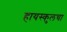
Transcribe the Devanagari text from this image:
हायस्‍कुलचा